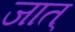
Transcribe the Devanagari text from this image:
जात्